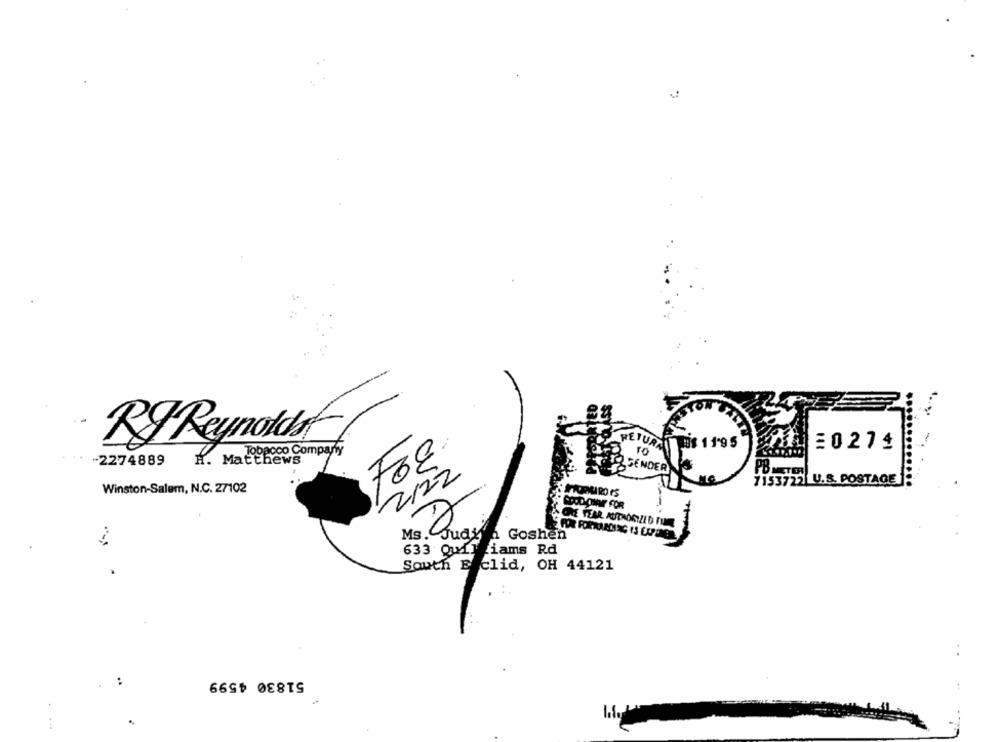
RJ Reynolds
RETURNS 11'95
20274
-2274889
H.
Matthews
FOE
TO SENDER
2122
7153722 U.S. POSTAGE
Winston-Salem, N.C. 27102
CHOD ONAY FOR
Ms."
Goshen
633 Quil
1. iams Rd
South E clid, OH 44121
51830 4599
: